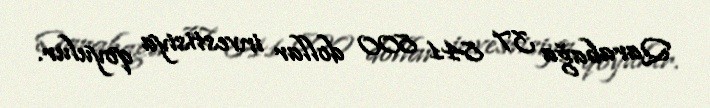
Qarabağa 37 841 800 dollar investisiya qoyulur.